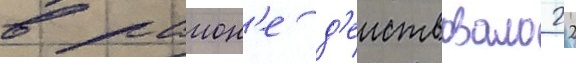
в раион'е д'еиствовало 22